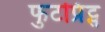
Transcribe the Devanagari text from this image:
फुटप्रिंट्स